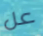
عل